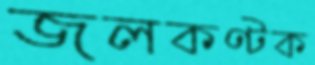
জলকণ্টক